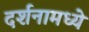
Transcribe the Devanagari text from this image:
दर्शनामध्ये